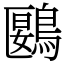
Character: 鶠